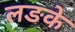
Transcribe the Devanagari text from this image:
लङके